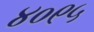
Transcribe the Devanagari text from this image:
४०९५